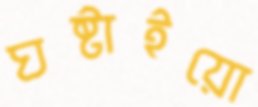
ঘষ্‌টাইয়ো